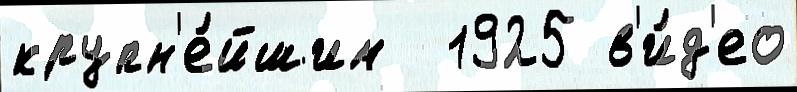
крупн'е́йшим  1925 в'и́д'ео